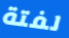
لفتة